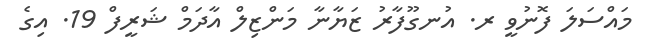
މައްސަލަ ފޮނުވީ ރ. އުނގޫފާރު ޒަޔާނާ މަންޒިލް އާދަމް ޝަރީފް 19. އިގެ